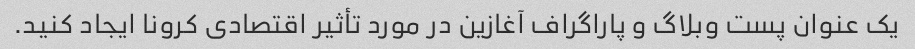
یک عنوان پست وبلاگ و پاراگراف آغازین در مورد تأثیر اقتصادی کرونا ایجاد کنید.